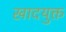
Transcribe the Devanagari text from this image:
खादयुक्त